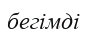
бегімді